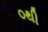
૦થી